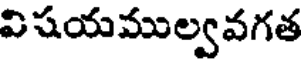
విషయముల్వవగత